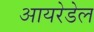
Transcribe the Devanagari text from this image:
आयरेडेल